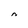
Character: 0